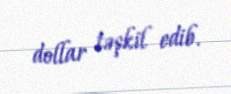
dollar təşkil edib.